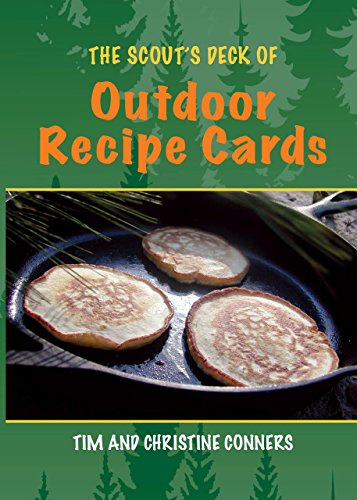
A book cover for The Scout's Deck of Outdoor Recipe Cards; Christine Conners; Cookbooks, Food & Wine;